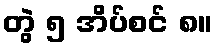
တွဲ ၅ အိပ်စင် ၈။